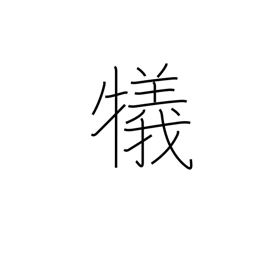
Meaning: sacrifice